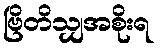
ဗြိတိသျှအစိုးရ